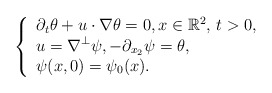
\begin{align*} \left\{\begin{array}{l}\displaystyle \partial_t \theta + u\cdot\nabla \theta =0, x \in \mathbb{R}^2, \, t>0,\\\displaystyle u =\nabla^\perp \psi, -\partial_{x_2} \psi = \theta,\\\displaystyle \psi(x,0)=\psi_0(x).\end{array}\right.\end{align*}